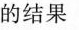
的结果